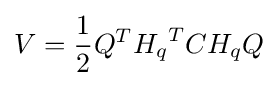
V={1 \over 2}Q^{T}{H_{q}}^{T}CH_{q}Q